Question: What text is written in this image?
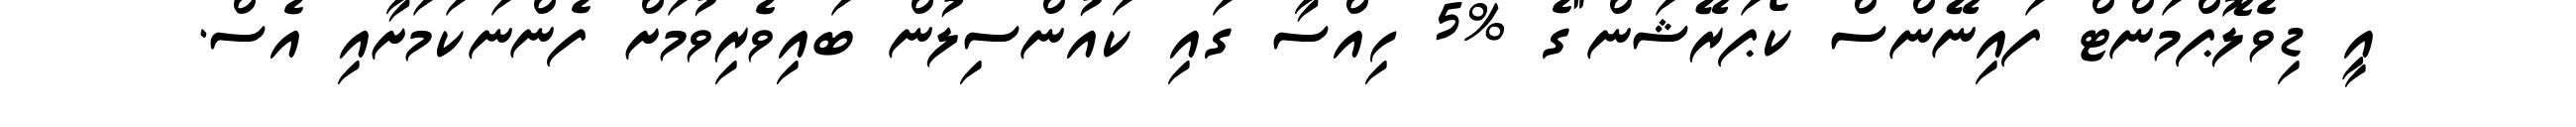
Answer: އީ ޑިވެލޮޕްމަންޓް ފައިނޭންސް ކޯޕަރޭޝަން"ގެ %5 ހިއްސާ ގައި ކައުންސިލުން ބައިވެރިވުމަށް ފެންނަކަމަށާއި އެސް.